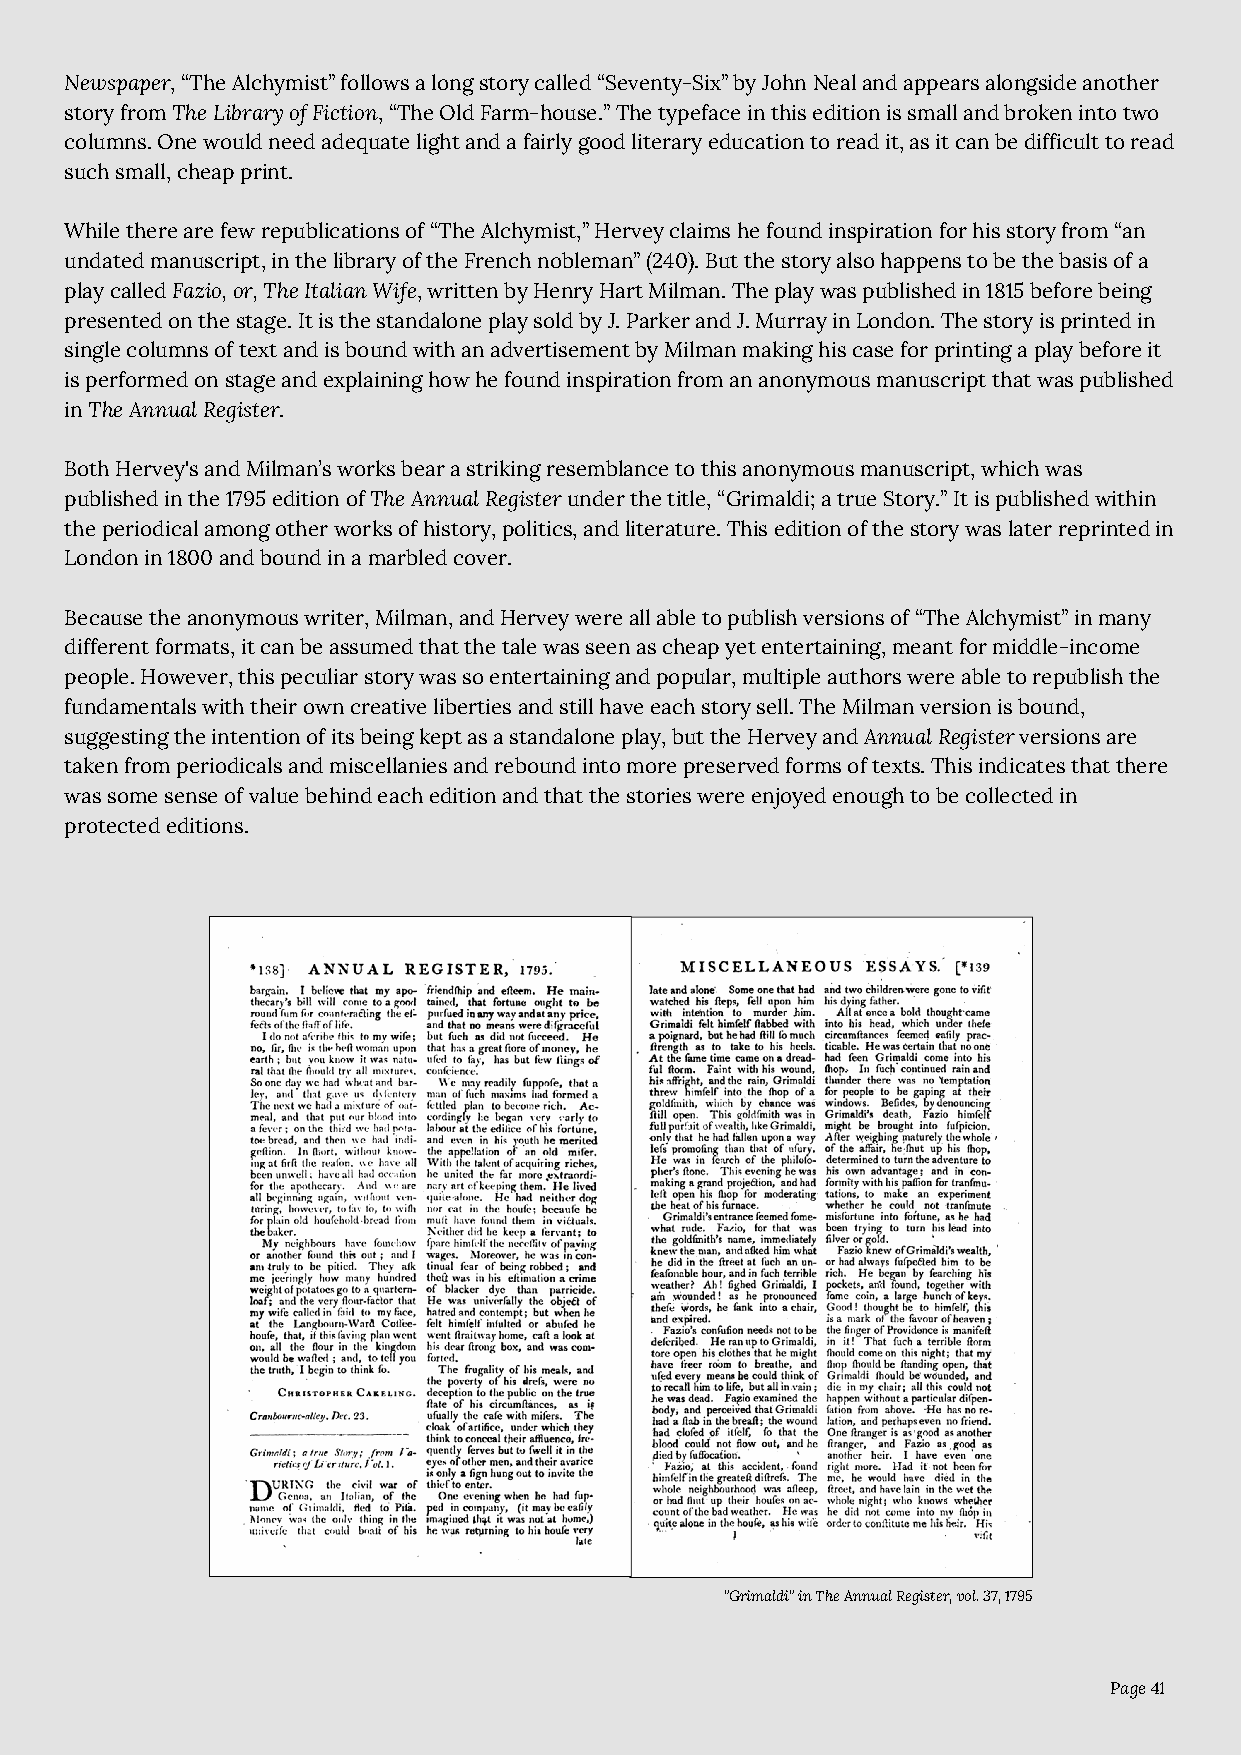
Newspaper, “The Alchymist” follows a long story called “Seventy-Six” by John Neal and appears alongside another
 story from The Library of Fiction, “The Old Farm-house.” The typeface in this edition is small and broken into two
 columns. One would need adequate light and a fairly good literary education to read it, as it can be difficult to read
 such small, cheap print.
 While there are few republications of “The Alchymist,” Hervey claims he found inspiration for his story from “an
 undated manuscript, in the library of the French nobleman” (240). But the story also happens to be the basis of a
 play called Fazio, or, The Italian Wife, written by Henry Hart Milman. The play was published in 1815 before being
 presented on the stage. It is the standalone play sold by J. Parker and J. Murray in London. The story is printed in
 single columns of text and is bound with an advertisement by Milman making his case for printing a play before it
 is performed on stage and explaining how he found inspiration from an anonymous manuscript that was published
 in The Annual Register.
 Both Hervey's and Milman’s works bear a striking resemblance to this anonymous manuscript, which was
 published in the 1795 edition of The Annual Register under the title, “Grimaldi; a true Story.” It is published within
 the periodical among other works of history, politics, and literature. This edition of the story was later reprinted in
 London in 1800 and bound in a marbled cover.
 Because the anonymous writer, Milman, and Hervey were all able to publish versions of “The Alchymist” in many
 different formats, it can be assumed that the tale was seen as cheap yet entertaining, meant for middle-income
 people. However, this peculiar story was so entertaining and popular, multiple authors were able to republish the
 fundamentals with their own creative liberties and still have each story sell. The Milman version is bound,
 suggesting the intention of its being kept as a standalone play, but the Hervey and Annual Register versions are
 taken from periodicals and miscellanies and rebound into more preserved forms of texts. This indicates that there
 was some sense of value behind each edition and that the stories were enjoyed enough to be collected in
 protected editions.
 "Grimaldi" in The Annual Register, vol. 37, 1795
 Page 41